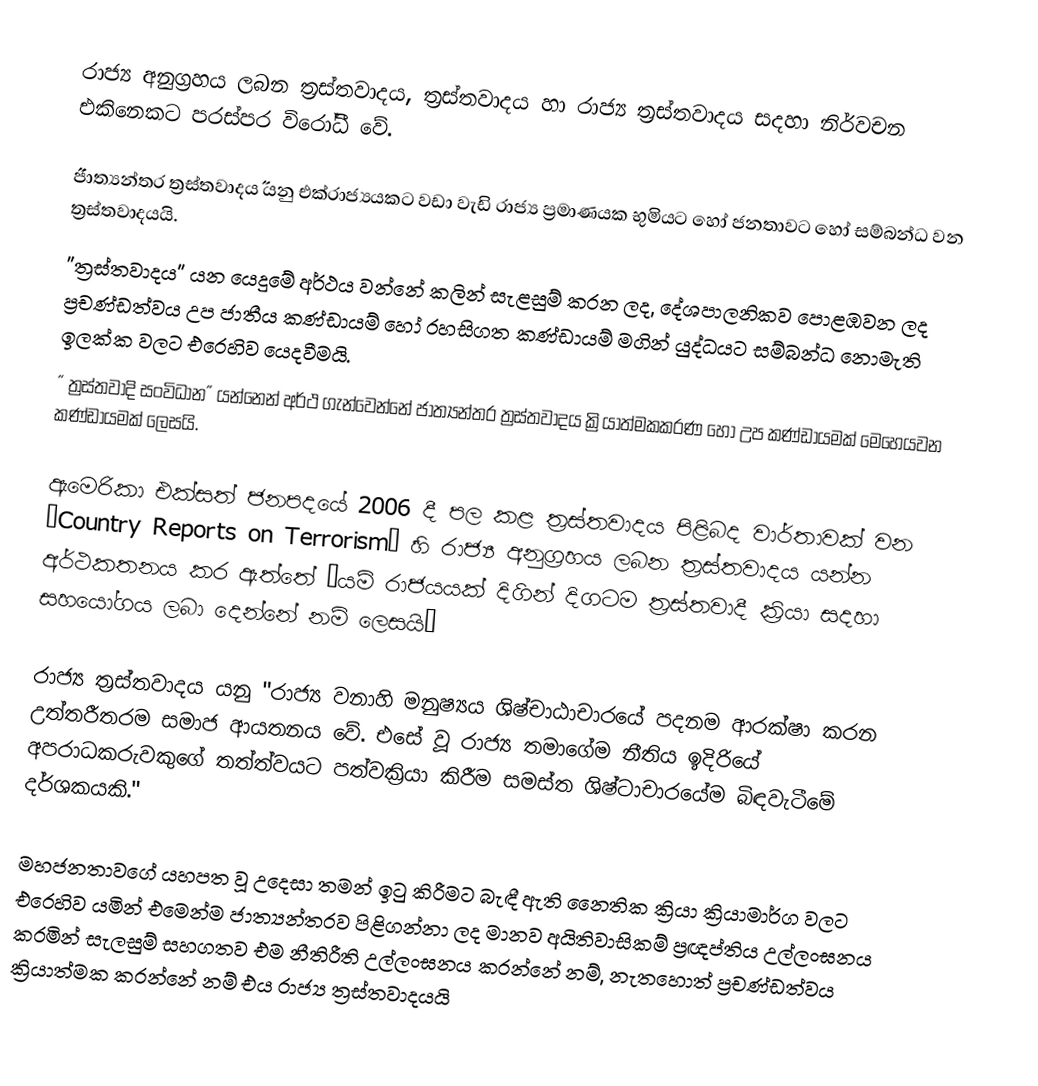
රාජ්‍ය අනුග්‍රහය ලබන ත්‍රස්තවාදය, ත්‍රස්තවාදය හා රාජ්‍ය ත්‍රස්තවාදය සදහා නිර්වචන එකිනෙකට පරස්පර විරෝධී වේ.

 ˝ජාත්‍යන්තර ත්‍රස්තවාදය˝ යනු එක්රාජ්‍යයකට වඩා වැඩි රාජ්‍ය ප්‍රමාණයක භුමිය‍ට හෝ ජනතාවට හෝ සම්බන්ධ වන ත්‍රස්තවාදයයි.
˝ත්‍රස්තවාදය˝ යන යෙදුමේ අර්ථය වන්නේ කලින් සැළසුම් කරන ලද, දේශපාලනිකව පොළඹවන ලද ප්‍රචණ්ඩත්වය උප ජාතීය කණ්ඩායම් හෝ රහසිගත කණ්ඩායම් මගින් යුද්ධයට සම්බන්ධ නොමැති ඉලක්ක වලට  එරෙහිව යෙදවීමයි.
 ˝ ත්‍රස්තවාදි සංවිධාන˝ යන්නෙන් අර්ථ ගැන්වෙන්නේ ජාත්‍යන්තර ත්‍රස්තවාදය ක්‍රියාත්මකකරණ හෝ උප කණ්ඩායමක් මෙහෙයවන කණ්ඩායමක් ලෙසයි.

ඇමෙරිකා එක්සත් ජනපදයේ  2006 දී පල කළ ත්‍රස්තවාදය පිළිබද වාර්තාවක් වන ˝Country Reports on Terrorism˝ හි රාජ්‍ය අනුග්‍රහය ලබන ත්‍රස්තවාදය යන්න අර්ථකතනය කර ඇත්තේ ˝යම් රාජයයක් දිගින් දිගටම ත්‍රස්තවාදී ක්‍රියා සදහා සහයෝගය ලබා දෙන්නේ නම් ලෙසයි˝

රාජ්‍ය ත්‍රස්තවාදය යනු "රාජ්‍ය වනාහි මනුෂ්‍යය ශිෂ්චාඨාචාරයේ පදනම ආරක්ෂා කරන උත්තරීතරම සමාජ ආයතනය වේ. එසේ වූ රාජ්‍ය තමාගේම නීතිය ඉදිරියේ අපරාධකරුවකුගේ තත්ත්වයට පත්වක්‍රියා කිරීම සමස්ත ශිෂ්ටාචාරයේම බිඳවැටීමේ දර්ශකයකි."

                මහජනතාවගේ යහපත වූ උදෙසා තමන් ඉටු කිරීමට බැඳී ඇති නෛතික ක්‍රියා ක්‍රියාමාර්ග වලට එරෙහිව යමින් එමෙන්ම ජාත්‍යන්තරව පිළිගන්නා ලද මානව අයිතිවාසිකම් ප්‍රඥප්තිය උල්ලංඝනය කරමින් සැලසුම් සහගතව එම නීතිරීති උල්ලංඝනය කරන්නේ නම්, නැතහොත් ප්‍රචණ්ඩත්වය ක්‍රියාත්මක කරන්නේ නම් එය රාජ්‍ය ත්‍රස්තවාදයයි